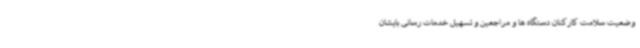
وضعیت سلامت کارکنان دستگاه ها و مراجعین و تسهیل خدمات رسانی بایشان